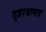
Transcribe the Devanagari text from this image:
दृढरथाश्रय